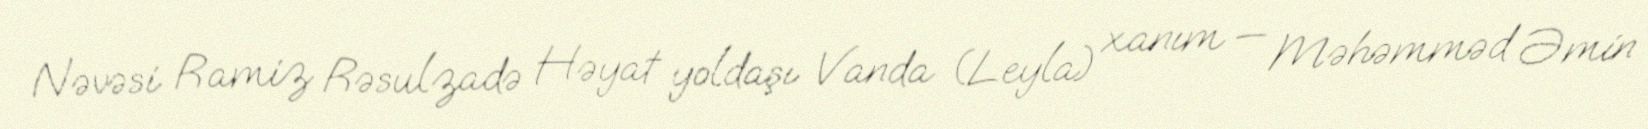
Nəvəsi Ramiz Rəsulzadə Həyat yoldaşı Vanda (Leyla) xanım — Məhəmməd Əmin